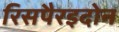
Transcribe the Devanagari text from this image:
रिसपैरइदोन